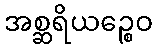
အစ္ဆရိယဉ္စေဝ